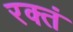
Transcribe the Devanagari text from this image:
रक्तं